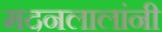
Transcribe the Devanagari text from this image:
मदनलालांनी